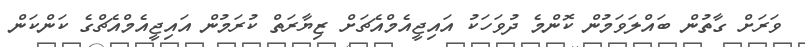
ވަރަށް ގާތުން ބައްލަވަމުން ކޮންމެ ދުވަހަކު އައިޖީއެމްއެޗަށް ޒިޔާރަތް ކުރަމުން އައިޖީއެމްއެޗްގެ ކަންކަން